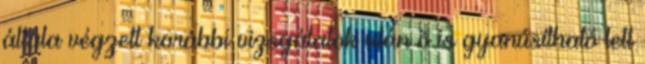
általa végzett korábbi vizsgálatok után õ is gyanúsítható lett